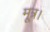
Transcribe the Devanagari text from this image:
मूत्र।